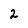
Character: 2